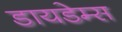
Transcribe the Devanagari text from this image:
डायडेम्स